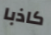
كاذبا